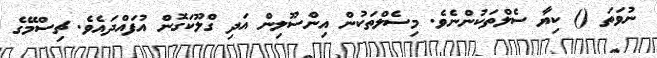
ނުވަތަ () ކިޔާ ސެލްތަކުންނެވެ. މިސެލްތަކުން އިންސޫލިން އަދި ގްލޫކަގޮން އުފައްދައެވެ. ޗިސްމޭގެ